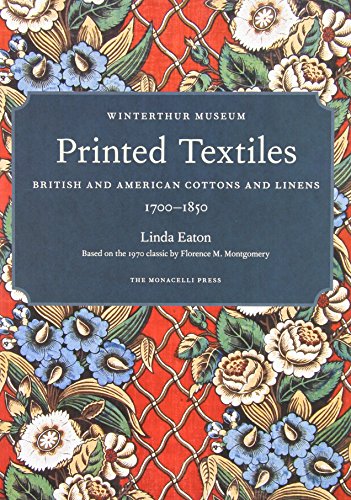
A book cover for Printed Textiles: British and American Cottons and Linens 1700-1850; Linda Eaton; Crafts, Hobbies & Home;